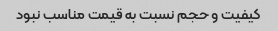
کیفیت و حجم نسبت به قیمت مناسب نبود